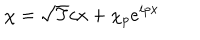
\chi = \sqrt { T } c x + \chi _ { p } { e } ^ { i p x }